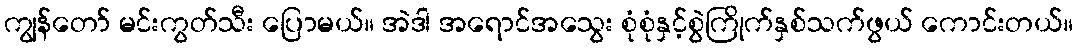
ကျွန်တော် မင်းကွတ်သီး ပြောမယ်။ အဲဒါ အရောင်အသွေး စုံစုံနှင့်စွဲကြိုက်နှစ်သက်ဖွယ် ကောင်းတယ်။